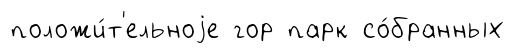
положи́т'ельноjе гор парк со́бранных